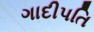
ગાદીપતિ